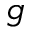
g